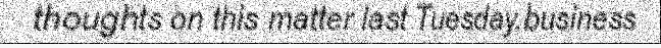
thoughts on this matter last Tuesday.business